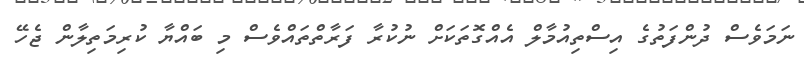
ނަމަވެސް ދުންފަތުގެ އިސްތިއުމާލް އެއްގޮތަކަށް ނުކުރާ ފަރާތްތައްވެސް މި ބައްޔާ ކުރިމަތިލާން ޖެހޭ